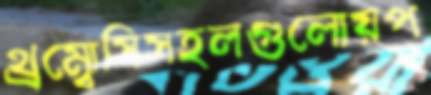
থ্রম্বোসিসহলগুলোয়প